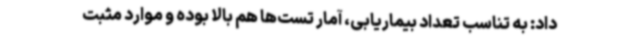
داد: به تناسب تعداد بیماریابی، آمار تست‌ها هم بالا بوده و موارد مثبت